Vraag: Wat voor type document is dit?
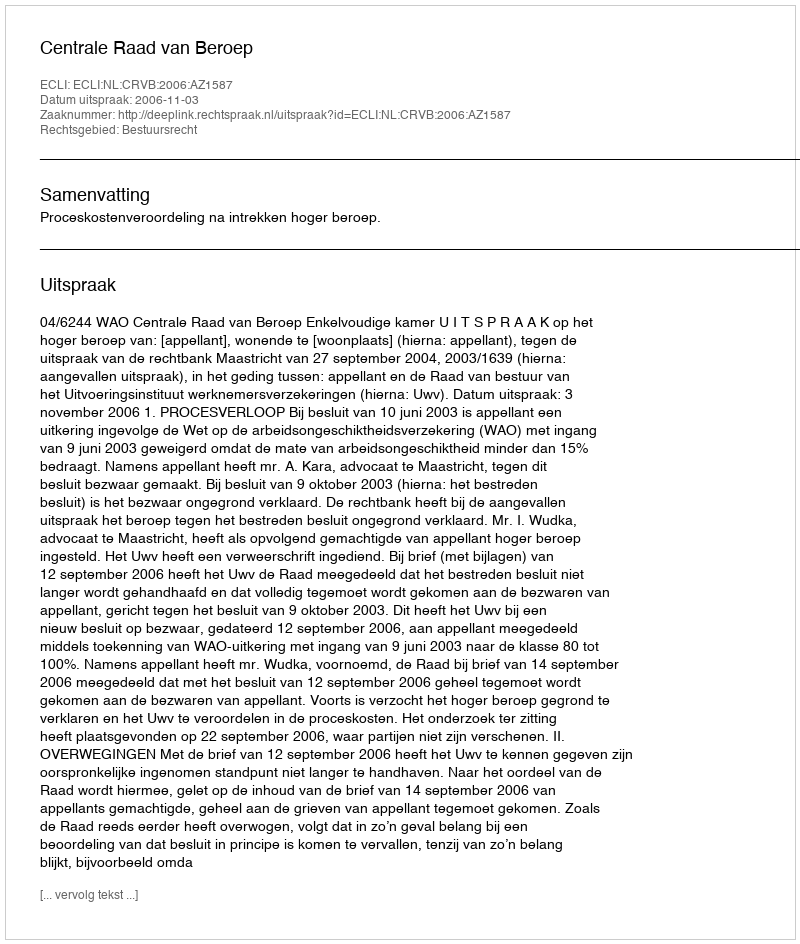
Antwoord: Uitspraak